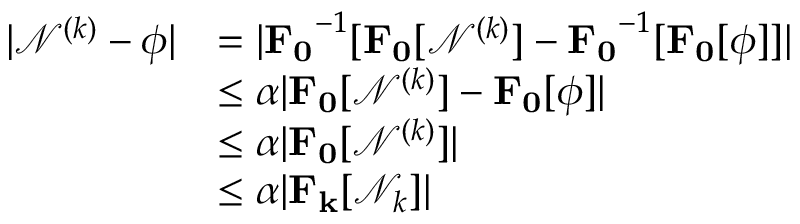
\begin{array} { r l } { | \mathcal { N } ^ { ( k ) } - \phi | } & { = | \mathbf { F _ { 0 } } ^ { - 1 } [ \mathbf { F _ { 0 } } [ \mathcal { N } ^ { ( k ) } ] - \mathbf { F _ { 0 } } ^ { - 1 } [ \mathbf { F _ { 0 } } [ \phi ] ] | } \\ & { \leq \alpha | \mathbf { F _ { 0 } } [ \mathcal { N } ^ { ( k ) } ] - \mathbf { F _ { 0 } } [ \phi ] | } \\ & { \leq \alpha | \mathbf { F _ { 0 } } [ \mathcal { N } ^ { ( k ) } ] | } \\ & { \leq \alpha | \mathbf { F _ { k } } [ \mathcal { N } _ { k } ] | } \end{array}